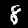
Digit: 8